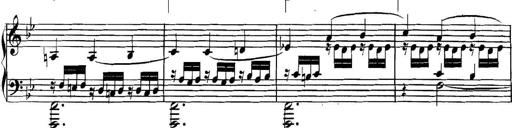
Title: Collected Piano Sonatas
Composer: Muzio Clementi